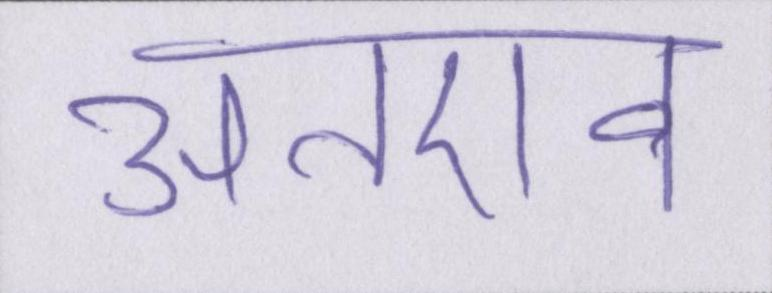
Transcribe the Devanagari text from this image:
अतएव